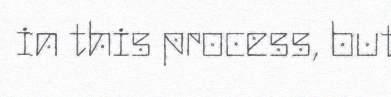
in this process, but